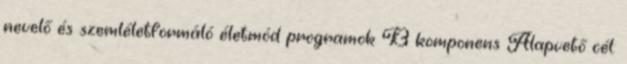
nevelő és szemléletformáló életmód programok B komponens Alapvető cél: